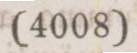
(4008)